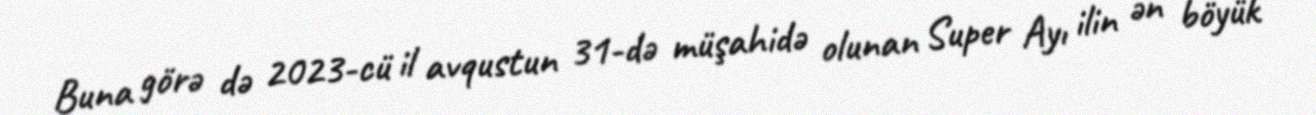
Buna görə də 2023-cü il avqustun 31-də müşahidə olunan Super Ayı ilin ən böyük